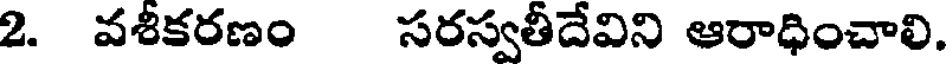
2. వశీకరణం సరస్వతీదేవిని ఆరాధించాలి.